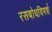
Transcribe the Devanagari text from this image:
रसबोधविमर्श